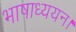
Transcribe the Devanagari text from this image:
भाषाध्ययन।